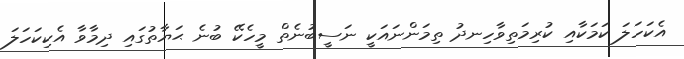
އެކަހަލަ ކަމަކާއި ކުރިމަތިވާހިނދު ތިމަންނައަކީ ނަސީބުނެތް މީހެކޭ ބުނެ ޙަޔާތުގައި ދިމާވާ އެކިކަހަލަ